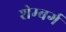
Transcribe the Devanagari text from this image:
शेम्बर्ग